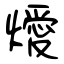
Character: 燰